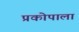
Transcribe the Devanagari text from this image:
प्रकोपाला